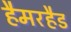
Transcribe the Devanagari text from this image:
हैमरहैड